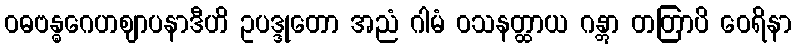
ဝဓဗန္ဓဂေဟဈာပနာဒီဟိ ဥပဒ္ဒုတော အညံ ဂါမံ ဝသနတ္ထာယ ဂန္တွာ တတြာပိ ဝေရိနာ